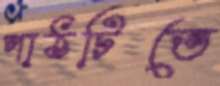
পাঠটিতে